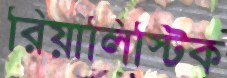
রিয়ালিস্টিক